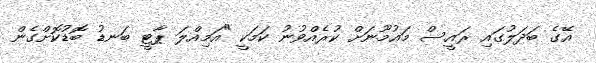
އޭގެ ބަދަލުގައި ރައީސް މައުމޫނަށް ކުރެއްވުނު ކަމަކީ "އަމިއްލަ ޕާޓީ ބަނޑު ބޮޑުކޮށްގެން